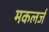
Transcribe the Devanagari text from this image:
मकलर्ज